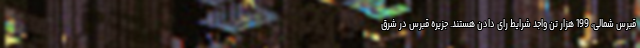
قبرس شمالی، 199 هزار تن واجد شرایط رای دادن هستند. جزیره قبرس در شرق